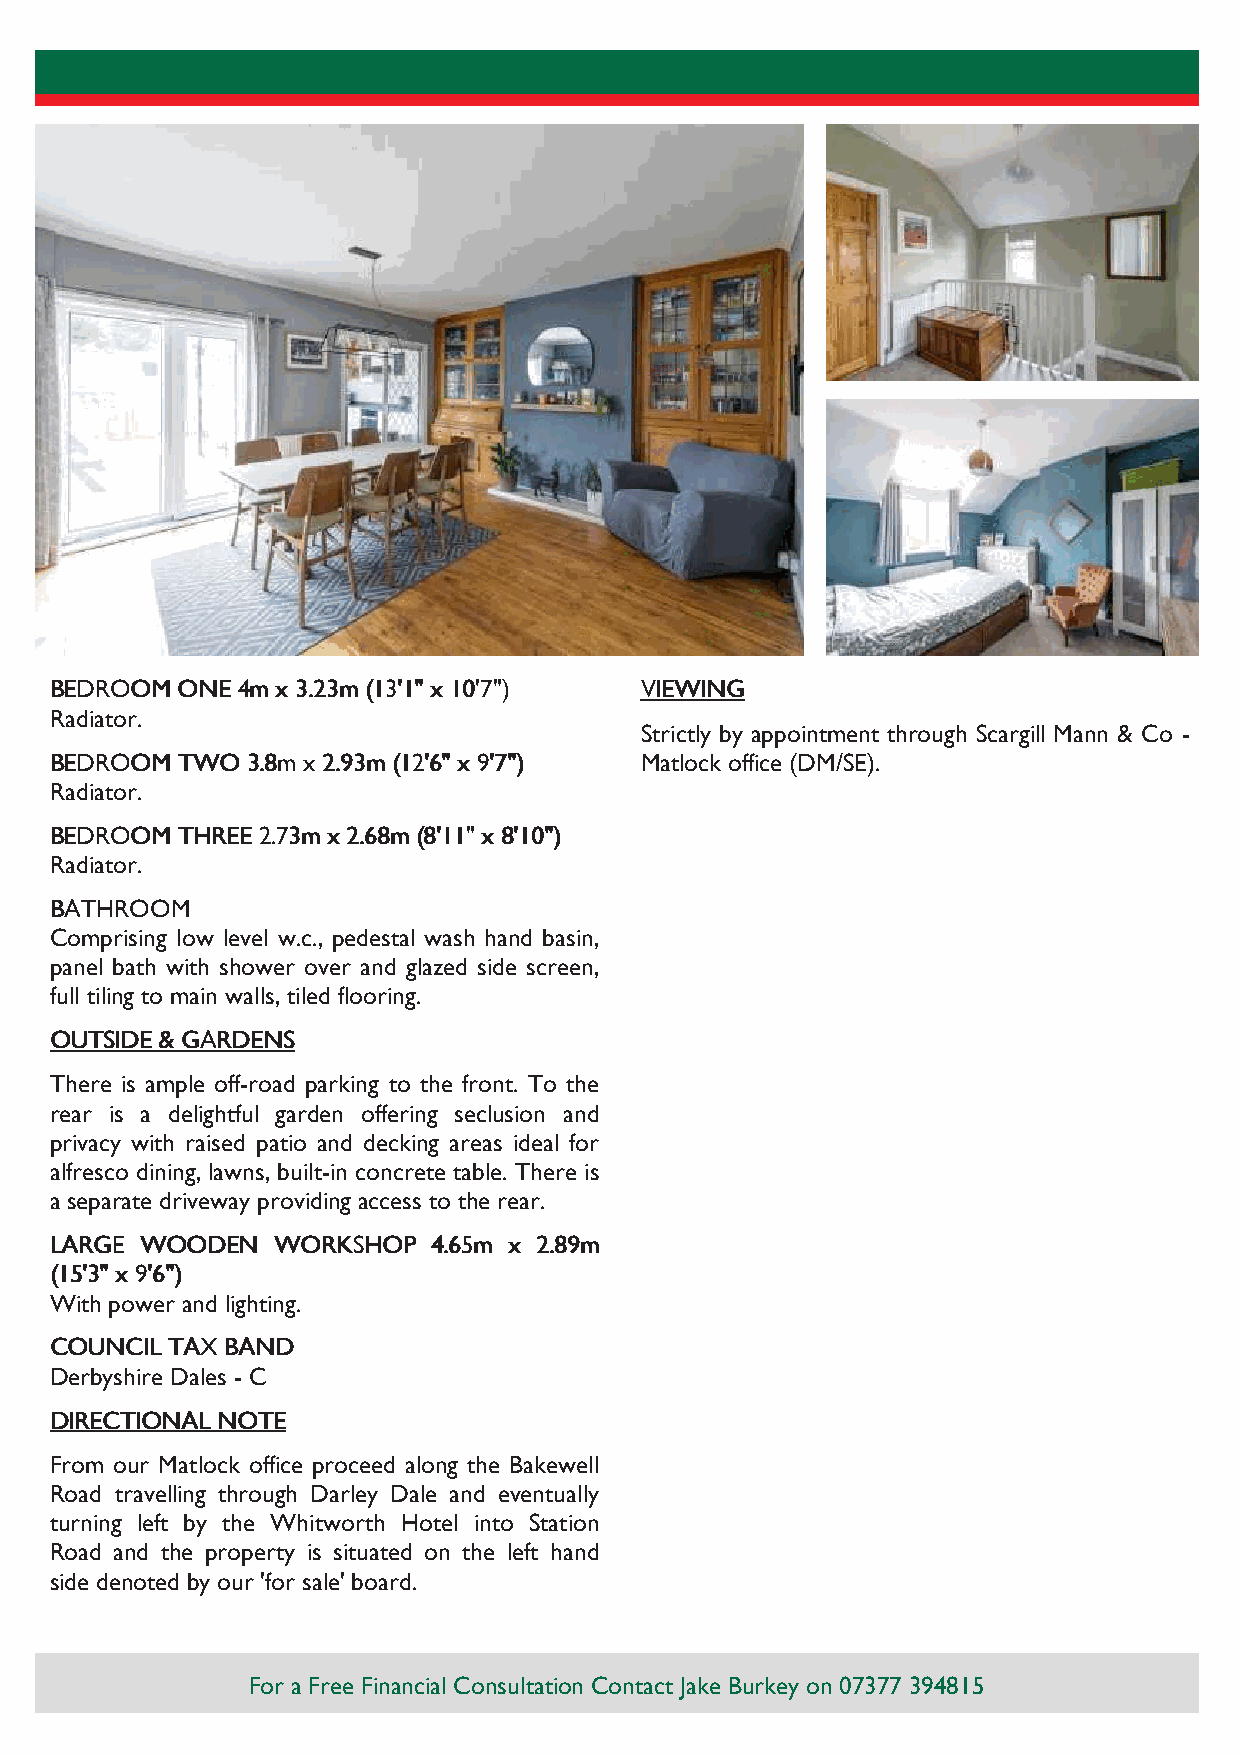
BBBBEEEEDDDDRRRROOOOOOOOMMMM OOOONNNNEEEE 4444mmmm xxxx 3333....22223333mmmm ((((11113333''''1111"""" xxxx 11110000''''7777"""")))) VVVVIIIIEEEEWWWWIIIINNNNGGGG
 Radiator.
 Strictly by appointment through Scargill Mann & Co -
 BBBBEEEEDDDDRRRROOOOOOOOMMMM TTTTWWWWOOOO 3333....8888mmmm xxxx 2222....99993333mmmm ((((11112222''''6666"""" xxxx 9999''''7777"""")))) Matlock office (DM/SE).
 Radiator.
 BBBBEEEEDDDDRRRROOOOOOOOMMMM TTTTHHHHRRRREEEEEEEE 2222....77773333mmmm xxxx 2222....66668888mmmm ((((8888''''11111111"""" xxxx 8888''''11110000""""))))
 Radiator.
 BBBBAAAATTTTHHHHRRRROOOOOOOOMMMM
 Comprising low level w.c., pedestal wash hand basin,
 panel bath with shower over and glazed side screen,
 full tiling to main walls, tiled flooring.
 OOOOUUUUTTTTSSSSIIIIDDDDEEEE &&&& GGGGAAAARRRRDDDDEEEENNNNSSSS
 There is ample off-road parking to the front. To the
 rear is a delightful garden offering seclusion and
 privacy with raised patio and decking areas ideal for
 alfresco dining, lawns, built-in concrete table. There is
 a separate driveway providing access to the rear.
 LLLLAAAARRRRGGGGEEEE WWWWOOOOOOOODDDDEEEENNNN WWWWOOOORRRRKKKKSSSSHHHHOOOOPPPP 4444....66665555mmmm xxxx 2222....88889999mmmm
 ((((11115555''''3333"""" xxxx 9999''''6666""""))))
 With power and lighting.
 CCCCOOOOUUUUNNNNCCCCIIIILLLL TTTTAAAAXXXX BBBBAAAANNNNDDDD
 Derbyshire Dales - C
 DDDDIIIIRRRREEEECCCCTTTTIIIIOOOONNNNAAAALLLL NNNNOOOOTTTTEEEE
 From our Matlock office proceed along the Bakewell
 Road travelling through Darley Dale and eventually
 turning left by the Whitworth Hotel into Station
 Road and the property is situated on the left hand
 side denoted by our 'for sale' board.
 For a Free Financial Consultation Contact Jake Burkey on 07377 394815